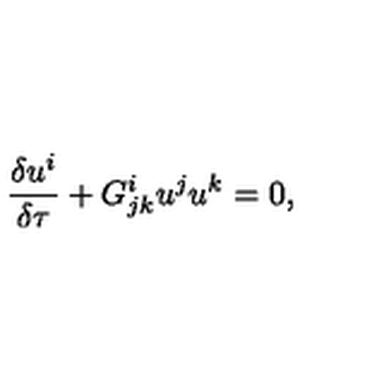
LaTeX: \frac { \delta u ^ { i } } { \delta \tau } + G _ { j k } ^ { i } u ^ { j } u ^ { k } = 0 ,